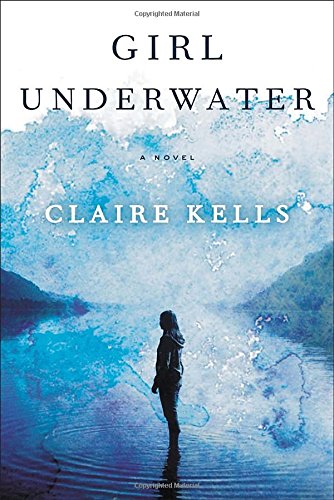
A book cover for Girl Underwater; Claire Kells; Romance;